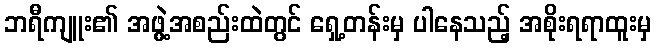
ဘရီကျူး၏ အဖွဲ့အစည်းထဲတွင် ရှေ့တန်းမှ ပါနေသည့် အစိုးရရာထူးမှ